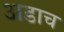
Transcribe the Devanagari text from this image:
अडाच